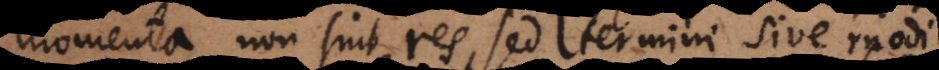
momenta, non sint res, sed termini sive modi